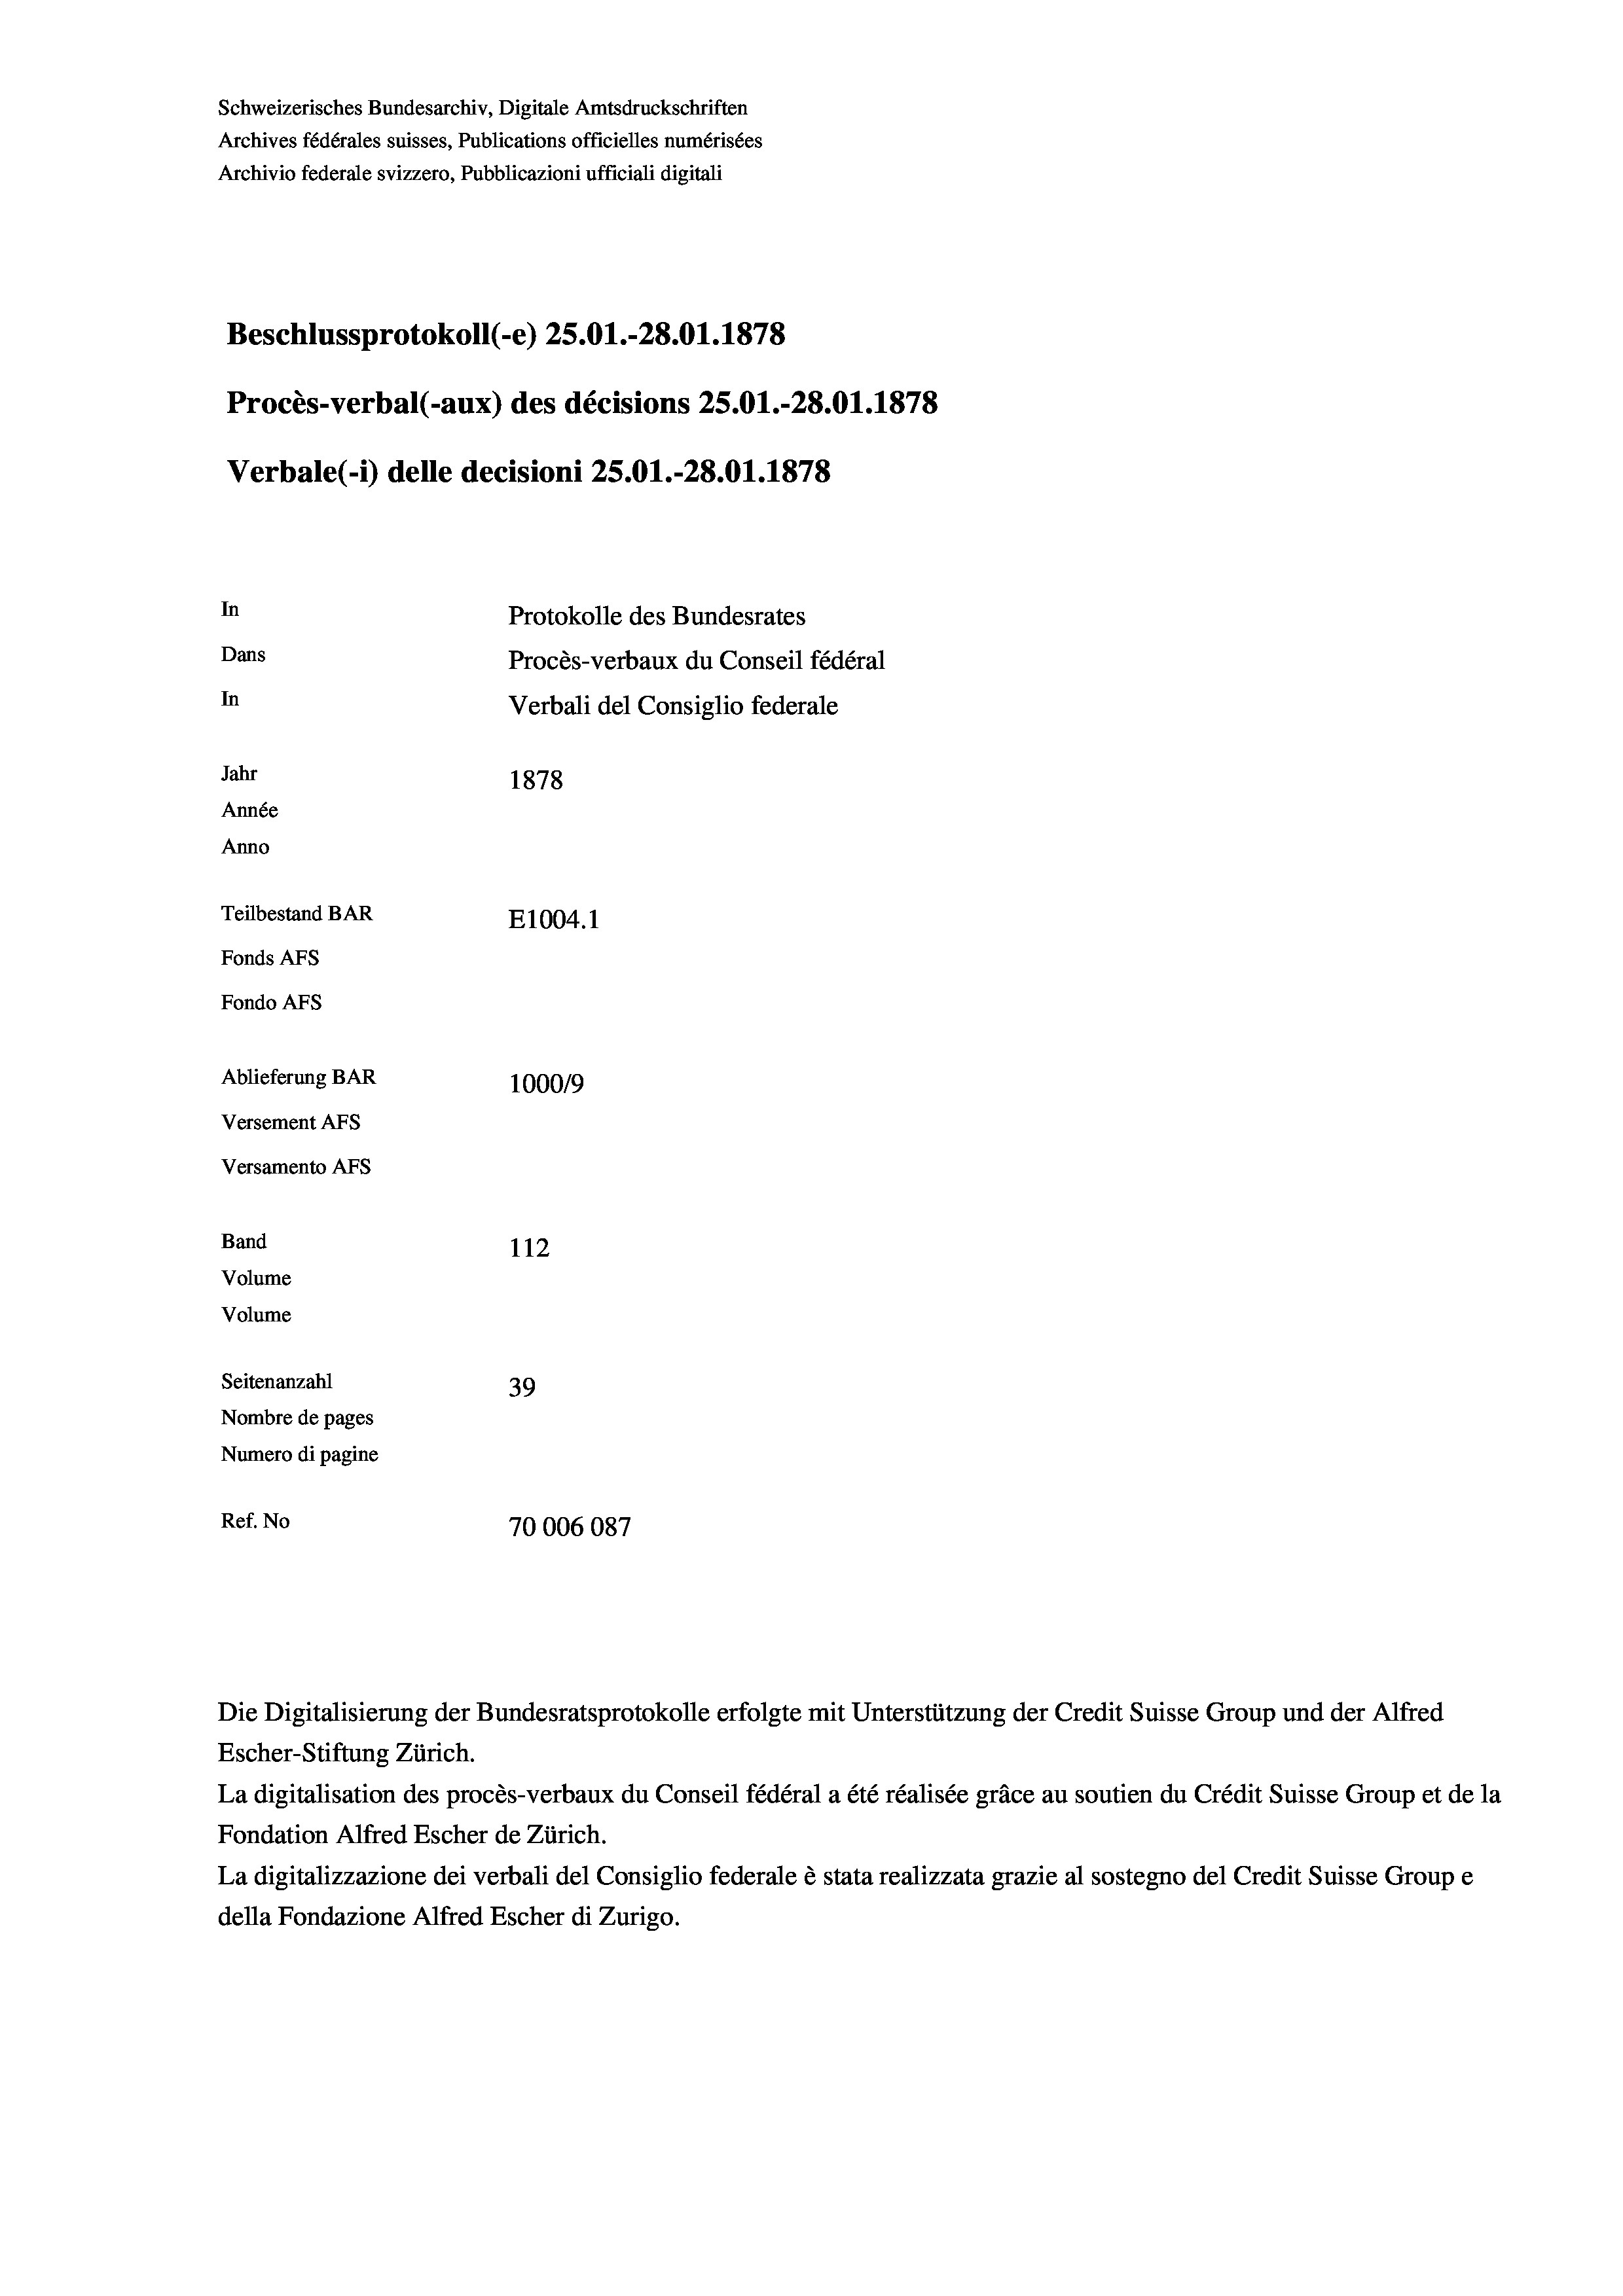
Schweizerisches Bundesarchiv, Digitale Amtsdruckschriften
Archives fédérales suisses, Publications officielles numérisées
Archivio federale svizzero, Pubblicazioni ufficiali digitali
Beschlussprotokoll (-e) 25.01.-28.01. 1878
Procès-verbal (-aux) des décisions 25.01.-28.01. 1878
Verbale(*) delle decisioni 25.01.-28.01. 1878
In
Protokolle des Bundesrates
Dans
Procès-verbaux du Conseil fédéral
In
Verbali del Consiglio federale
Jahr
1878
Année
Anno
Teilbestand BAR
E1004.1
Fonds AFs
Fondo Afs
Ablieferung BAR
10009
Versement Ans
Versamento AFs
Band
112
Volume
Volume
Seitenanzahl
39
Nombre de pages
Numero di pagine
Ref. No
70006087

Escher-Stiftung Zürich.
La digitalisation des procès-verbaux du Conseil fédéral a été réalisée gräce au soutien du Crédit Suisse Group et de la
Fondation Alfred Escher de Zürich.
La digitalizzazione dei verbali del Consiglio federale è stata realizzata grazie al sostegno del Credit Suisse Groupe
della Fondazione Alfred Escher di Zurigo.

Die Digitalisierung der Bundesratsprotokolle erfolgte mit Unterstützung der Credit Suisse Group und der Alfred